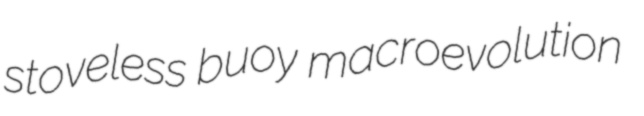
stoveless buoy macroevolution